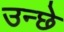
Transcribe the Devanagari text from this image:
उन्छे